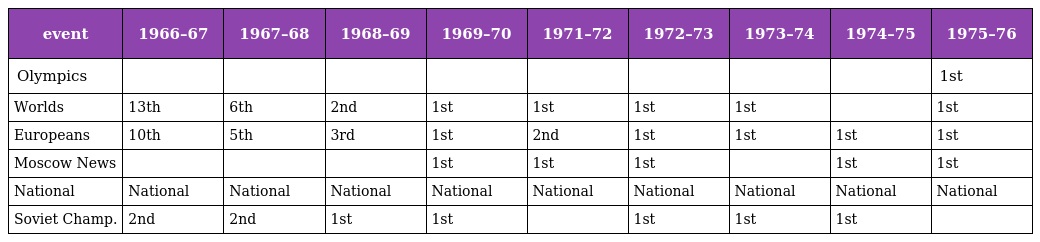
| event | 1966–67 | 1967–68 | 1968–69 | 1969–70 | 1971–72 | 1972–73 | 1973–74 | 1974–75 | 1975–76 |
 | --- | --- | --- | --- | --- | --- | --- | --- | --- | --- |
 | Olympics |  |  |  |  |  |  |  |  | 1st |
 | Worlds | 13th | 6th | 2nd | 1st | 1st | 1st | 1st |  | 1st |
 | Europeans | 10th | 5th | 3rd | 1st | 2nd | 1st | 1st | 1st | 1st |
 | Moscow News |  |  |  | 1st | 1st | 1st |  | 1st | 1st |
 | National | National | National | National | National | National | National | National | National | National |
 | Soviet Champ. | 2nd | 2nd | 1st | 1st |  | 1st | 1st | 1st |  |